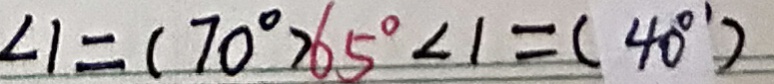
\angle 1 = ( 7 0 ^ { \circ } ) 6 5 ^ { \circ } \angle 1 = ( 4 0 ^ { \circ } )